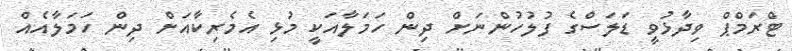
ޓްރަމްޕް ވިދާޅުވީ ޑަލަސްގެ ފުލުހުންނަށް ދިން ހަމަލާއަކީ މުޅި އެމެރިކާއަށް ދިން ހަމަލާއެއް